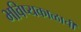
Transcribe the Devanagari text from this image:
भविष्यकाळाची